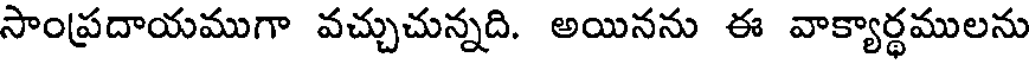
సాంప్రదాయముగా వచ్చుచున్నది. అయినను ఈ వాక్యార్థములను